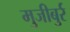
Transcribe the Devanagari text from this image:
मुजीबुर्र